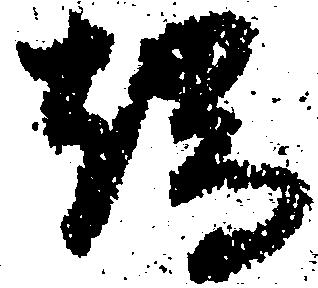
端